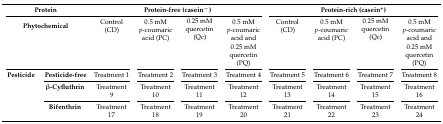
<table><thead><tr><td colspan="2"><b>Protein</b></td><td colspan="4"><b>Protein-free (casein<sup>−</sup>)</b></td><td colspan="4"><b>Protein-rich (casein<sup>+</sup>)</b></td></tr></thead><tbody><tr><td colspan="2" rowspan="2"><b>Phytochemical</b></td><td rowspan="2">Control (CD)</td><td>0.5 mM</td><td rowspan="2">0.25 mM quercetin (Qc)</td><td>0.5 mM</td><td rowspan="2">Control (CD)</td><td>0.5 mM</td><td rowspan="2">0.25 mM quercetin (Qc)</td><td>0.5 mM</td></tr><tr><td><i>p</i>-coumaric acid (PC)</td><td><i>p</i>-coumaric acid and 0.25 mM quercetin (PQ)</td><td><i>p</i>-coumaric acid (PC)</td><td><i>p</i>-coumaric acid and 0.25 mM quercetin (PQ)</td></tr><tr><td rowspan="3"><b>Pesticide</b></td><td><b>Pesticide-free</b></td><td>Treatment 1</td><td>Treatment 2</td><td>Treatment 3</td><td>Treatment 4</td><td>Treatment 5</td><td>Treatment 6</td><td>Treatment 7</td><td>Treatment 8</td></tr><tr><td><b>β-Cyfluthrin</b></td><td>Treatment 9</td><td>Treatment 10</td><td>Treatment 11</td><td>Treatment 12</td><td>Treatment 13</td><td>Treatment 14</td><td>Treatment 15</td><td>Treatment 16</td></tr><tr><td><b>Bifenthrin</b></td><td>Treatment 17</td><td>Treatment 18</td><td>Treatment 19</td><td>Treatment 20</td><td>Treatment 21</td><td>Treatment 22</td><td>Treatment 23</td><td>Treatment 24</td></tr></tbody></table>